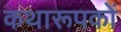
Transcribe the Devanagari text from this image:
कथारूपकों